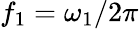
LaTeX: f_{1}=\omega_{1}/2\pi